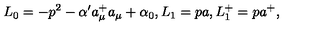
L _ { 0 } = - p ^ { 2 } - \alpha ^ { \prime } a _ { \mu } ^ { + } a _ { \mu } + \alpha _ { 0 } , L _ { 1 } = p a , L _ { 1 } ^ { + } = p a ^ { + } ,